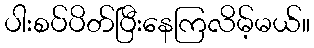
ပါးစပ်ပိတ်ပြီးနေကြလိမ့်မယ်။